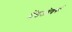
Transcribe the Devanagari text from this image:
हैंडओवर्स